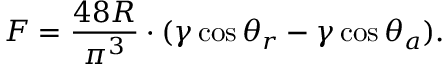
F = \frac { 4 8 R } { \pi ^ { 3 } } \cdot ( \gamma \cos \theta _ { r } - \gamma \cos \theta _ { a } ) .